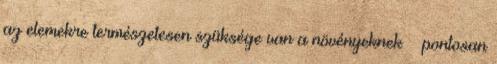
az elemekre természetesen szüksége van a növényeknek – pontosan